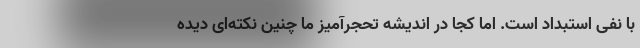
با نفی استبداد است. اما کجا در اندیشه تحجرآمیز ما چنین نکته‌ای دیده